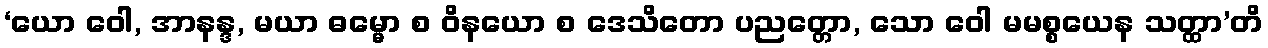
‘ယော ဝေါ, အာနန္ဒ, မယာ ဓမ္မော စ ဝိနယော စ ဒေသိတော ပညတ္တော, သော ဝေါ မမစ္စယေန သတ္ထာ’တိ